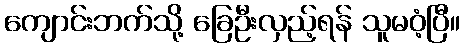
ကျောင်းဘက်သို့ ခြေဦးလှည့်ရန် သူမဝံ့ပြီ။